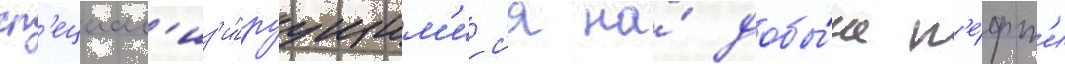
сп'ециал'из'и́руущим'ис'я на́ добы́че н'е́фт'и